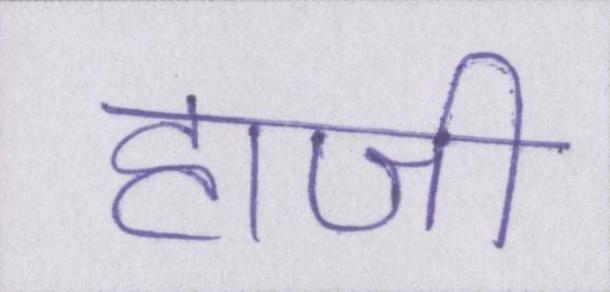
हाजी